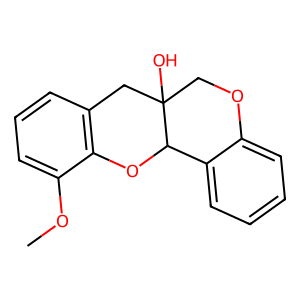
SMILES: COc1cccc2c1OC1c3ccccc3OCC1(O)C2
Inhibits HIV replication: No